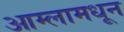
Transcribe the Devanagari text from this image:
आम्लामधून